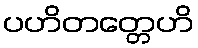
ပဟိတတ္တေဟိ